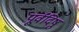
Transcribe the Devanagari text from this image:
पूर्वदिषु